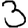
Digit: 3